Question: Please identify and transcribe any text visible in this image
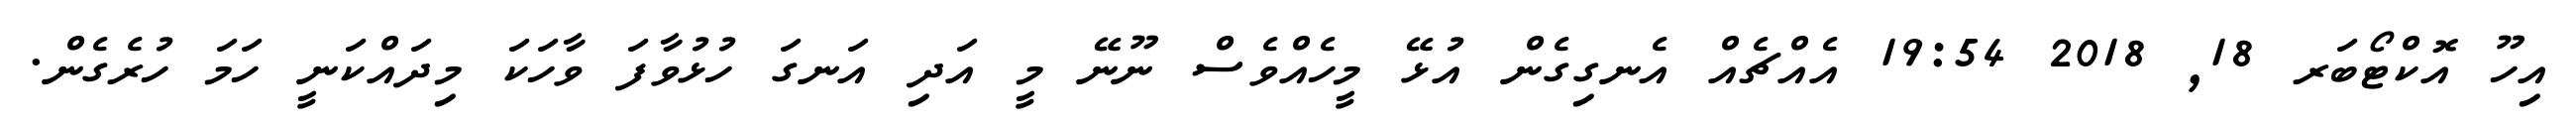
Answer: އިހޫ އޮކްޓޯބަރ 18, 2018 19:54 އެއްޗެއް އެނގިގެން އުޅޭ މީހެއްވެސް ނޫނޭ މީ އަދި އަނގަ ހުޅުވާފަ ވާހަކަ މިދައްކަނީ ހަމަ ހުރެގެން.